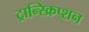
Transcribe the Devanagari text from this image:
ट्रान्स्क्रिप्शन